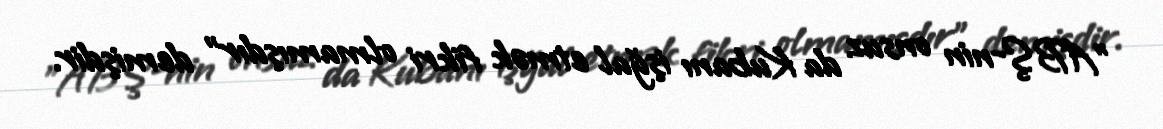
"ABŞ-nin onsuz da Kubanı işğal etmək fikri olmamışdır" demişdir.